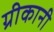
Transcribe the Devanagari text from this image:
ग्रीकानी